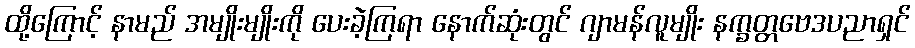
ထို့ကြောင့် နာမည် အမျိုးမျိုးကို ပေးခဲ့ကြရာ နောက်ဆုံးတွင် ဂျာမန်လူမျိုး နက္ခတ္တဗေဒပညာရှင်